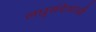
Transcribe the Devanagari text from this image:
लघुसंदेशांची